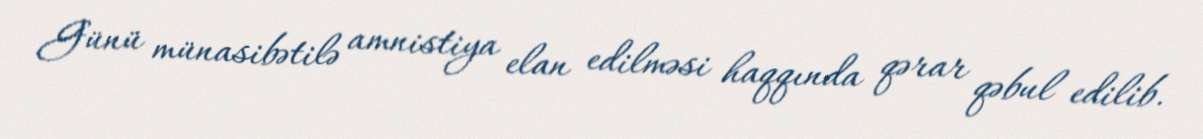
Günü münasibətilə amnistiya elan edilməsi haqqında qərar qəbul edilib.